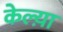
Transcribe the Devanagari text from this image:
केल्य़ा